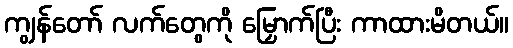
ကျွန်တော် လက်တွေကို မြှောက်ပြီး ကာထားမိတယ်။